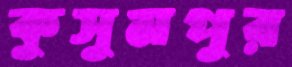
কুসুমপুর